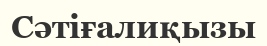
Сәтіғалиқызы